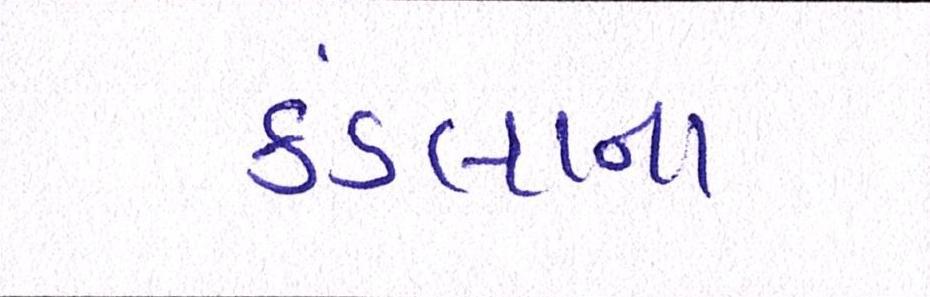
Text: કંડલાના